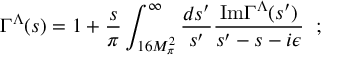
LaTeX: \Gamma ^ { \Lambda } ( s ) = 1 + { \frac { s } { \pi } } \int _ { 1 6 M _ { \pi } ^ { 2 } } ^ { \infty } { \frac { d s ^ { \prime } } { s ^ { \prime } } } { \frac { \mathrm { I m } \Gamma ^ { \Lambda } ( s ^ { \prime } ) } { s ^ { \prime } - s - i \epsilon } } \; \; ;